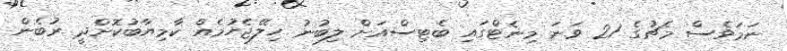
ނަމަވެސް މެޗުގެ 21 ވަނަ މިނެޓްގައި ބެޓިސްއަށް ލިބުނު ހިލޭޖެހުމެއް ކާމިޔާބުކޮށްދީ ރުބެން